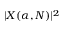
| X ( \alpha , N ) | ^ { 2 }